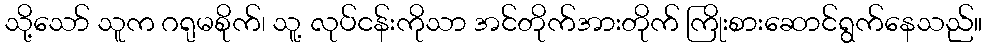
သို့သော် သူက ဂရုမစိုက်၊ သူ့ လုပ်ငန်းကိုသာ အင်တိုက်အားတိုက် ကြိုးစားဆောင်ရွက်နေသည်။